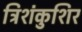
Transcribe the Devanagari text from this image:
त्रिशंकुशिर